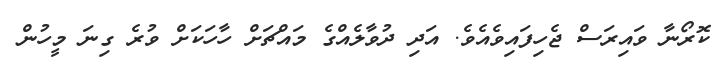
ކޮރޯނާ ވައިރަސް ޖެހިފައިވެއެވެ. އަދި ދުވާލެއްގެ މައްޗަށް ހާހަކަށް ވުރެ ގިނަ މީހުން